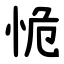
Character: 恑